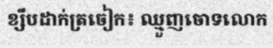
ខ្សឹបដាក់ត្រចៀក៖ ឈ្មួញចោទលោក